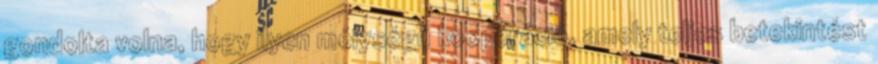
gondolta volna, hogy ilyen mélységű kooperáció, amely teljes betekintést